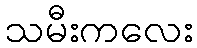
သမီးကလေး